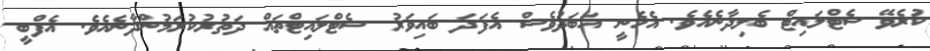
ކުރެވޭ ސެޓްލައިޓް ބެލިދާނެއެވެ. އެހެނީ އަބަދުވެސް އެފަދަ ބައިވަރު ސެޓްލައިޓްތައް ދަތުރުކުރަމުންދާނެއެވެ. އެފްބީ